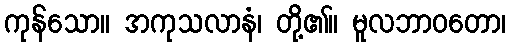
ကုန်သော။ အကုသလာနံ၊ တို့၏။ မူလဘာဝတော၊